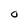
Character: O